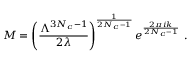
M = \left( \frac { \Lambda ^ { 3 N _ { c } - 1 } } { 2 \lambda } \right) ^ { \frac { 1 } { 2 N _ { c } - 1 } } e ^ { \frac { 2 \pi i k } { 2 N _ { c } - 1 } } ~ .